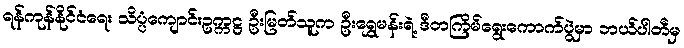
ရန်ကုန်နိုင်ငံရေး သိပ္ပံကျောင်းဥက္ကဋ္ဌ ဦးမြတ်သူက ဦးရွှေမန်းရဲ့ ဒီတကြိမ်ရွေးကောက်ပွဲမှာ ဘယ်ပါတီမှ